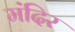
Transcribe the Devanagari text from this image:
मंंदिर